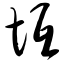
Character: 坻